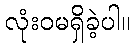
လုံးဝမရှိခဲ့ပါ။